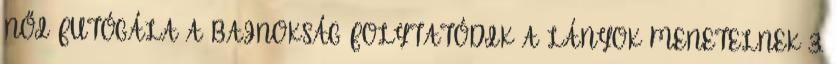
NŐI FUTÓGÁLA A BAJNOKSÁG FOLYTATÓDIK A LÁNYOK MENETELNEK 3.